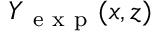
Y _ { \mathrm { ~ e ~ x ~ p ~ } } ( x , z )